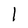
Character: 1